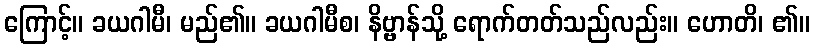
ကြောင့်။ ခယဂါမီ၊ မည်၏။ ခယဂါမီစ၊ နိဗ္ဗာန်သို့ ရောက်တတ်သည်လည်း။ ဟောတိ၊ ၏။